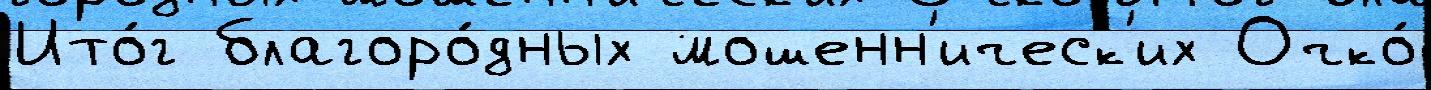
Ито́г благоро́дных мошенн'ическ'их Очко́